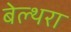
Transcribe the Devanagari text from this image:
बेल्‍थरा